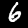
Label: 6